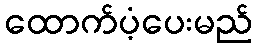
ထောက်ပံ့ပေးမည်